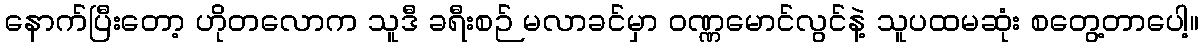
နောက်ပြီးတော့ ဟိုတလောက သူဒီ ခရီးစဉ် မလာခင်မှာ ဝဏ္ဏမောင်လွင်နဲ့ သူပထမဆုံး စတွေ့တာပေါ့။